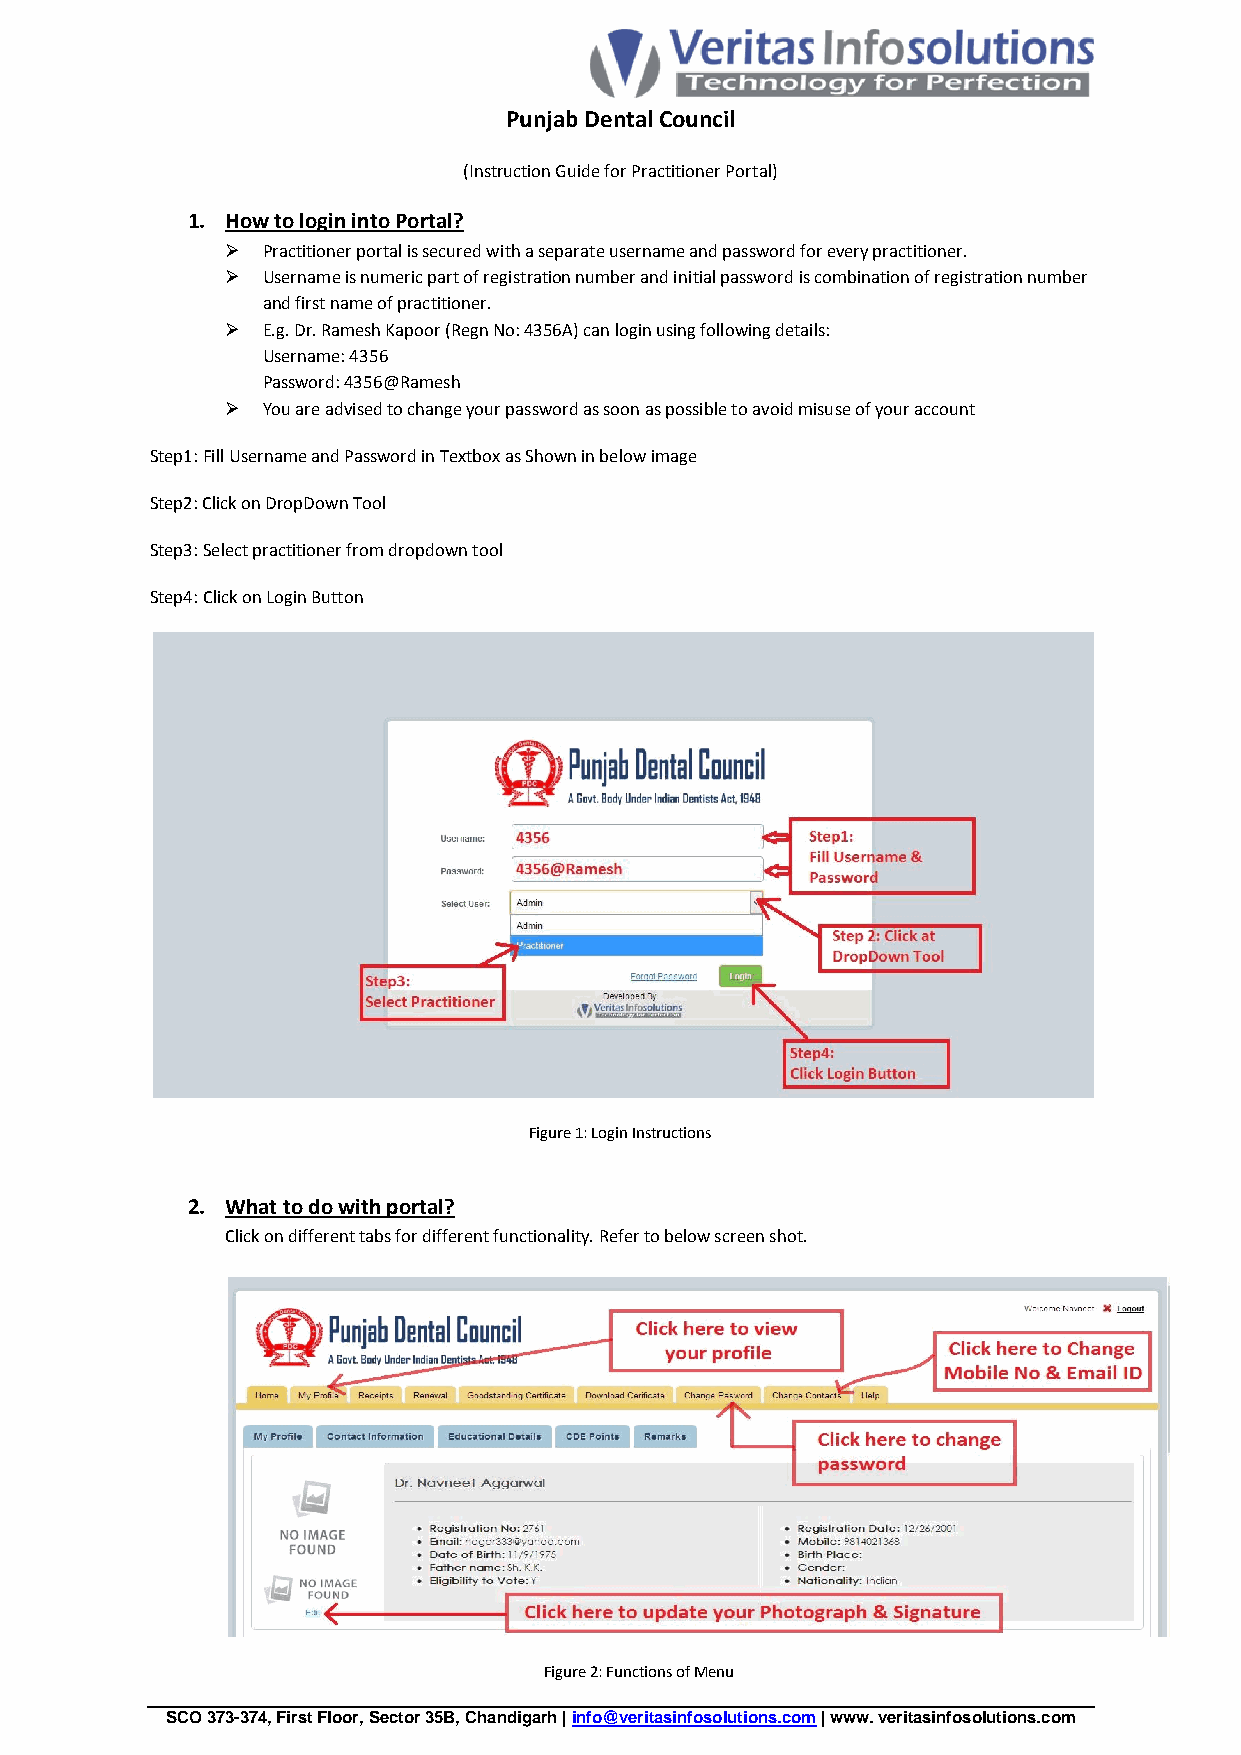
Punjab Dental Council
 (Instruction Guide for Practitioner Portal)
 1. How to login into Portal?
  Practitioner portal is secured with a separate username and password for every practitioner.
  Username is numeric part of registration number and initial password is combination of registration number
 and first name of practitioner.
  E.g. Dr. Ramesh Kapoor (Regn No: 4356A) can login using following details:
 Username: 4356
 Password: 4356@Ramesh
  You are advised to change your password as soon as possible to avoid misuse of your account
 Step1: Fill Username and Password in Textbox as Shown in below image
 Step2: Click on DropDown Tool
 Step3: Select practitioner from dropdown tool
 Step4: Click on Login Button
 Figure 1: Login Instructions
 2. What to do with portal?
 Click on different tabs for different functionality. Refer to below screen shot.
 Figure 2: Functions of Menu
 SCO 373-374, First Floor, Sector 35B, Chandigarh | info@veritasinfosolutions.com | www. veritasinfosolutions.com